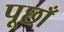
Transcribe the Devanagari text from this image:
पूछाँ